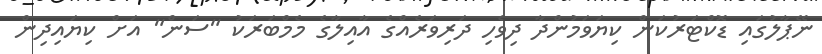
ނޭޕާލުގައި ޑޮކްޓަރުކަން ކިޔަވަމުންދާ ދިވެހި ދަރިވަރެއްގެ އާއިލާގެ މެމްބަރަކު "ސަން" އަށް ކިޔައިދިން